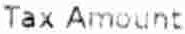
TAX AMOUNT